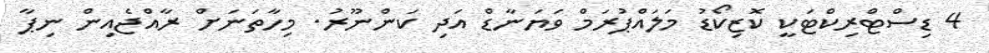
4 ޑިސްޓްރިކްޓަކީ ކޮޒިކޯޑު މަލައްޕުރަމް ވަޔަނާޑް އަދި ކަންނޫރު. މިހާތަނަށް ރާއްޖެއިން ނިޕާ